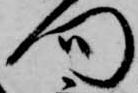
門